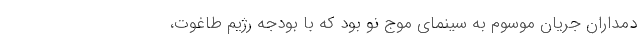
دمداران جریان موسوم به سینمای موج نو بود که با بودجه رژیم طاغوت،